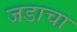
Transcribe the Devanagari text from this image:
जडाचा